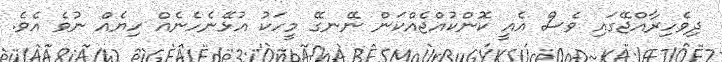
ދިވެހިރާއްޖޭގައި ވެސް އެއީ ކޮންކުއްޖެއްކަން ނޭނގޭ މީހަކު އުޅޭނެހެނެއް ހިޔެއް ނުވެ އެވެ.